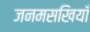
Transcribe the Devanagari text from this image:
जनमसखियाँ